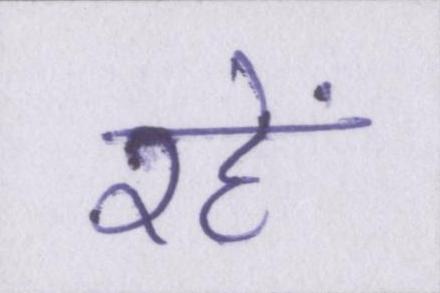
रहें